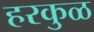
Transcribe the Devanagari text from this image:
हरकुळ